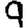
Digit: 9